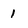
Character: 1